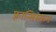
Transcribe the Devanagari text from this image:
फ़्रान्सिस्कन